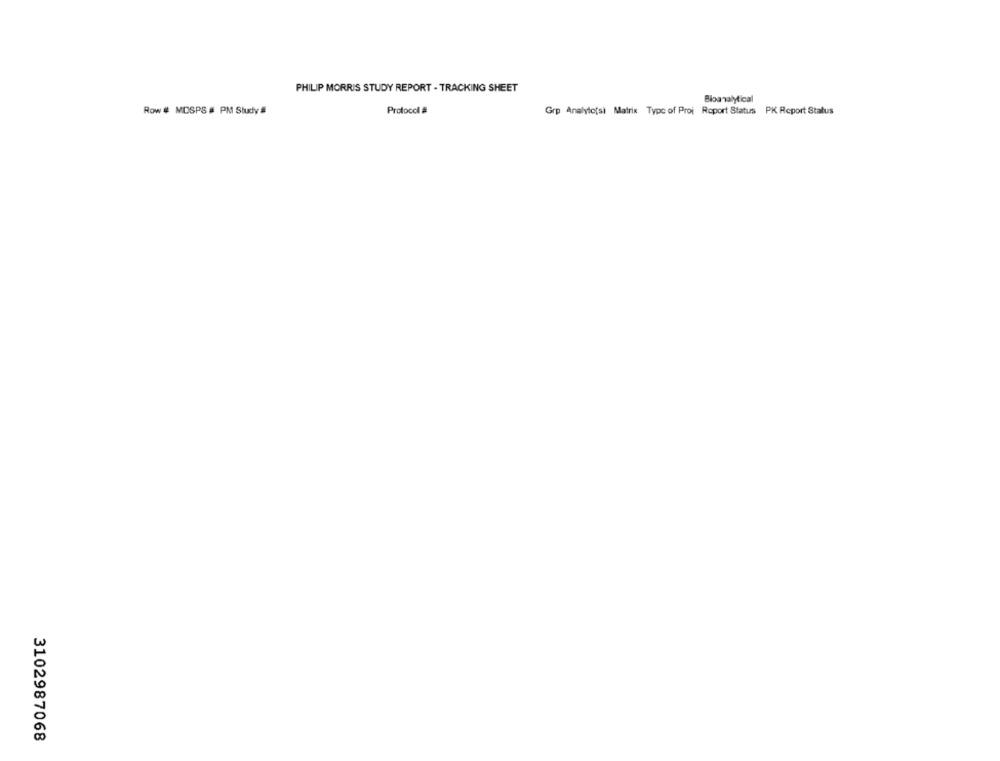
PHILIP MORRIS STUDY REPORT - TRACKING SHEET
Bioanalytical
Row # MDSPS # PM Study #
Protocol #
Grp Analylc[si Matrix Type of Proj Report Status PK Report Status
3102987068